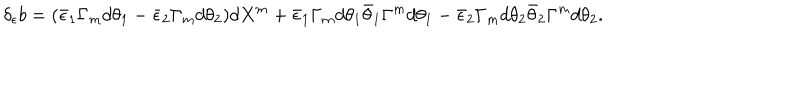
\delta _ { \epsilon } b = ( \bar { \epsilon } _ { 1 } \Gamma _ { m } d \theta _ { 1 } - \bar { \epsilon } _ { 2 } \Gamma _ { m } d \theta _ { 2 } ) d X ^ { m } + \bar { \epsilon } _ { 1 } \Gamma _ { m } d \theta _ { 1 } \bar { \theta } _ { 1 } \Gamma ^ { m } d \theta _ { 1 } - \bar { \epsilon } _ { 2 } \Gamma _ { m } d \theta _ { 2 } \bar { \theta } _ { 2 } \Gamma ^ { m } d \theta _ { 2 } .